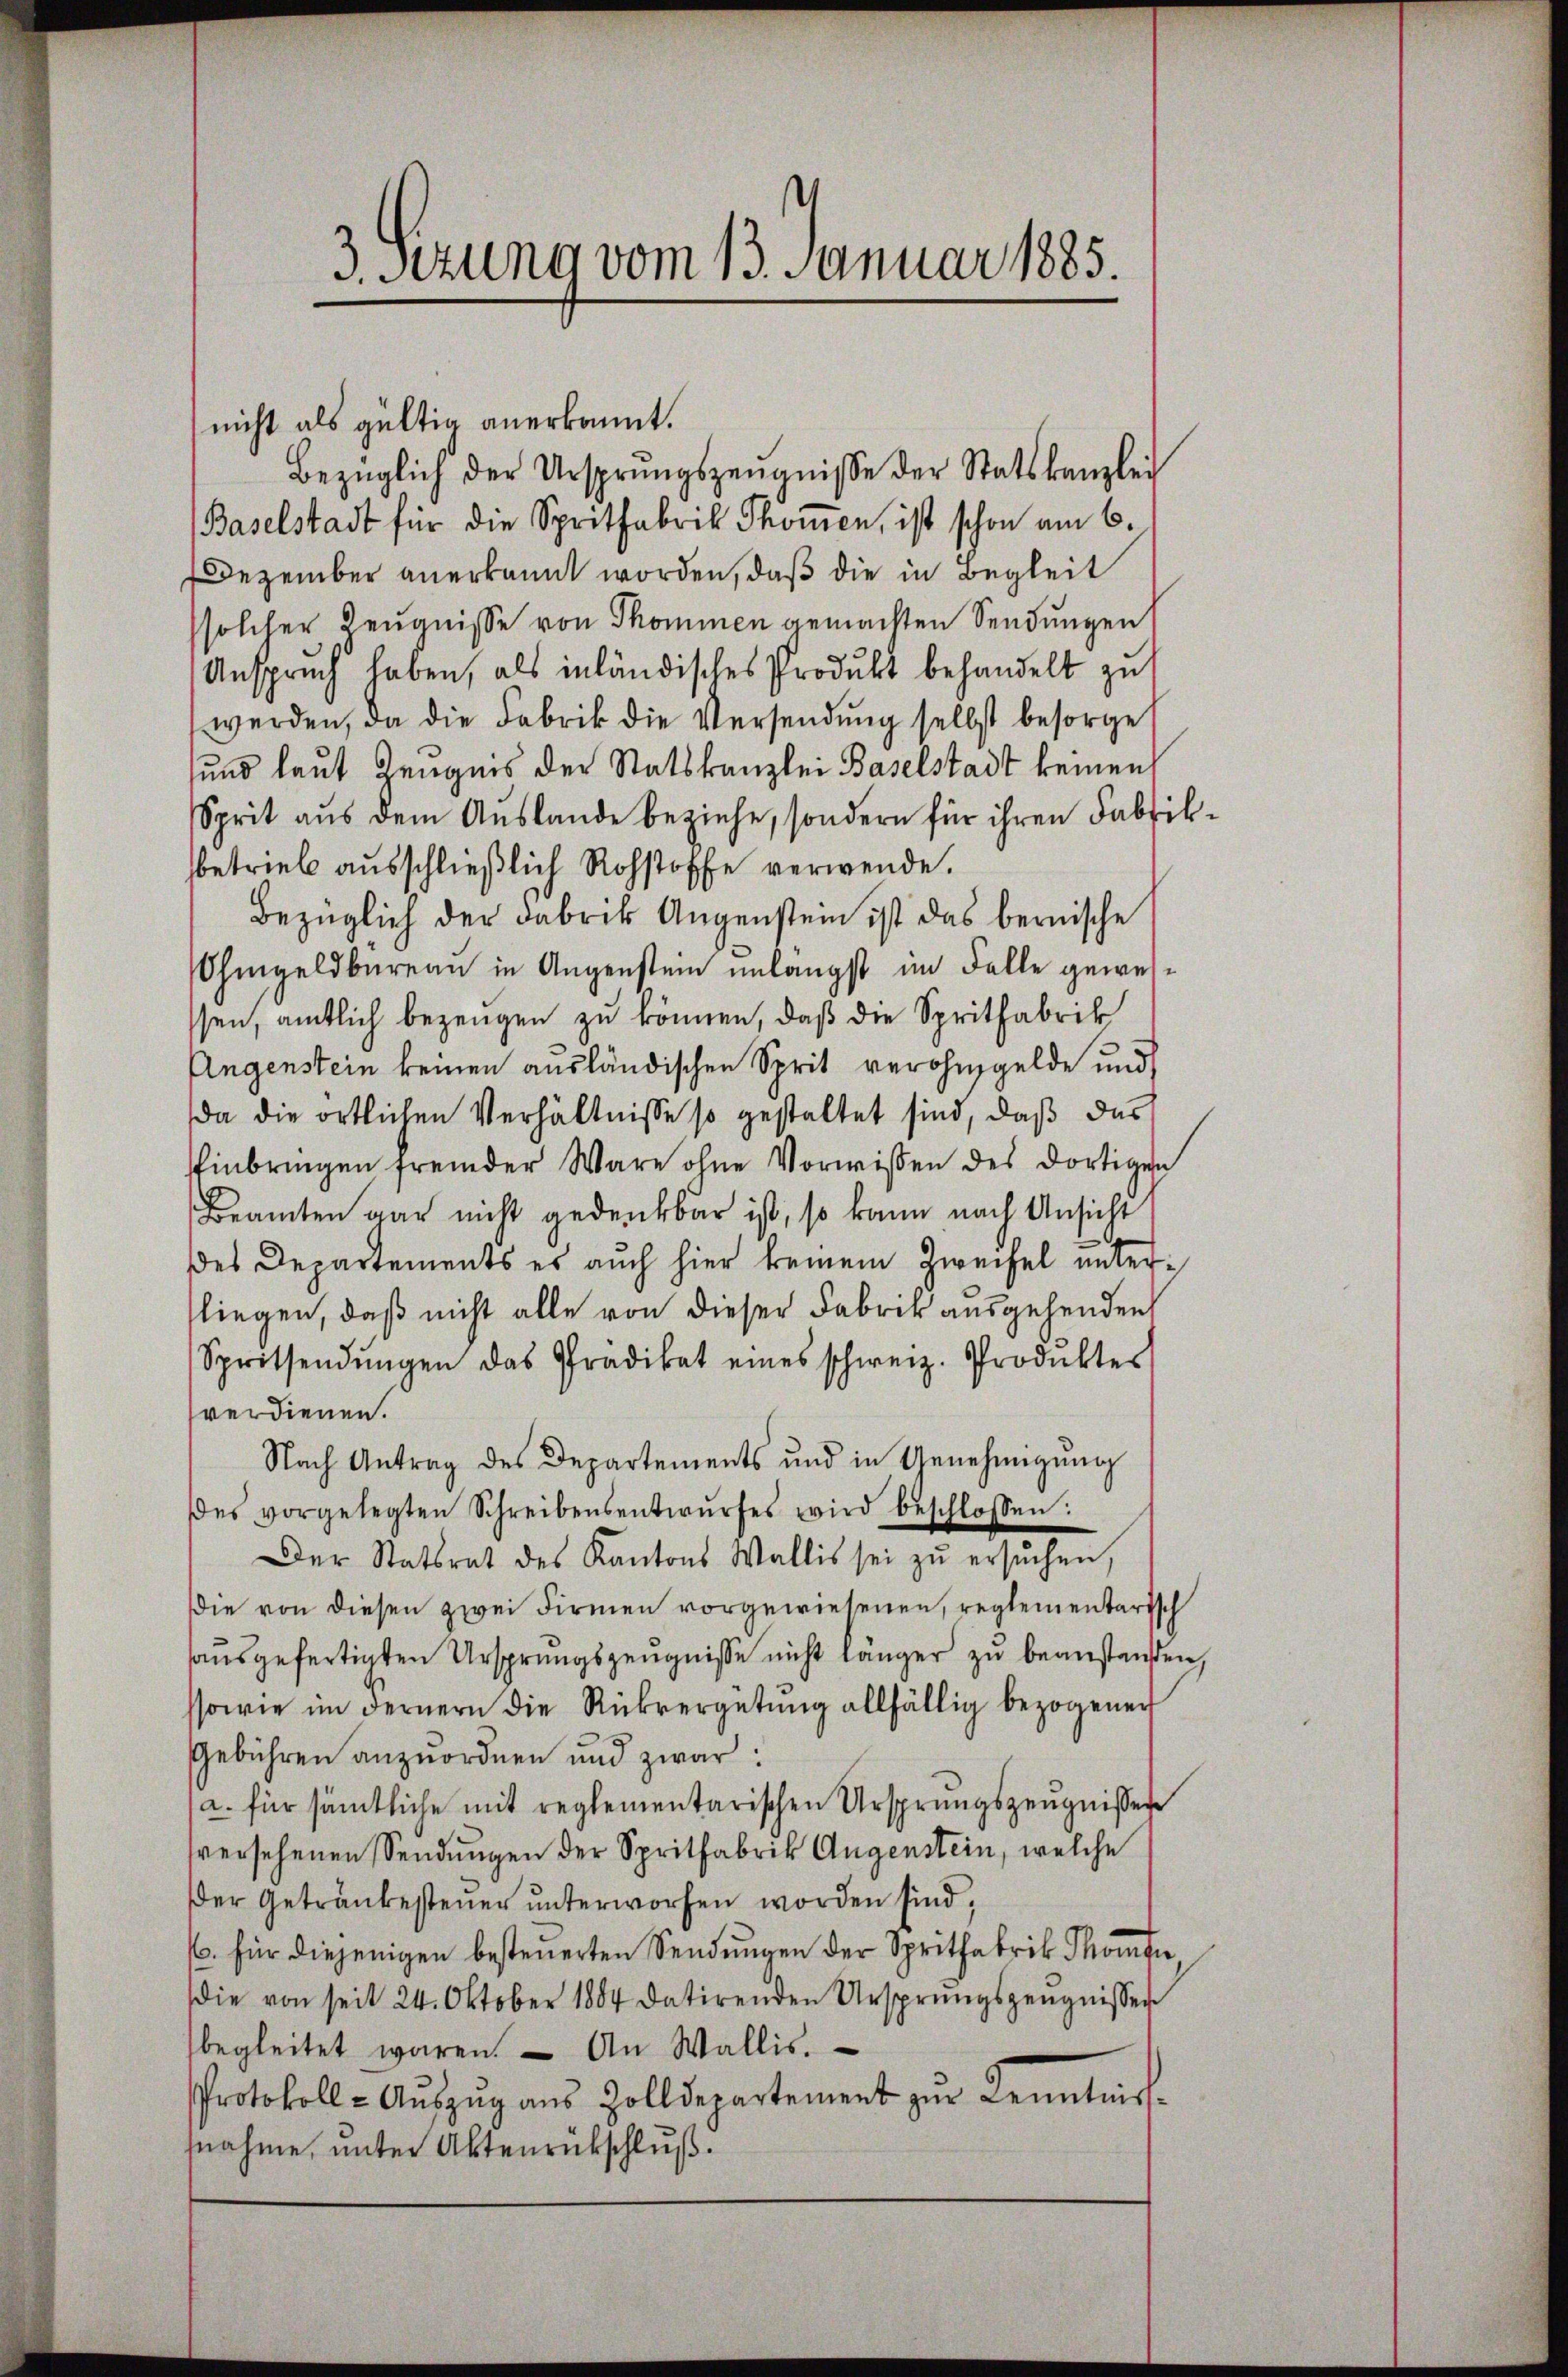
3. sezung vom 13. Januar 1885.

nicht als gültig anerkannt.
Bezüglich der Ursprungszeŭgnisse der Statskanzlei
(Baselstadt für die Spritfabrik Thoṁen, ist schon am 6.
Dezember anerkannt worden, daß die in Begleit
solcher Zeugnisse von Thommen gemachten Sendungen
Anspruch haben, als inländisches Produkt behandelt zu
werden, da die Fabrik die Versendung selbst besorget
und laut Zeugnis der Statskanzlei Baselstadt keinen
Sprit aus dem Auslande beziehe, sondern für ihren Fabrikbetrieb ausschließlich Rohstoffe verwende.
Bezüglich der Fabrik Augenstein ist das bernische
Ohmgeldbureau in Augenstein unlängst im Falle geweissen, amtlich bezeugen zu können, daß die Spritfabrik
Augenstein keinen ausländischen Sprit verohngelde und
da die örtlichen Verhältnisse so gestaltet sind, daß das
sinbringen fremder Wäre ohne Vorwissen des dortigen
Beamten gar nicht gedenkbar ist, so kann nach Ansicht
des Departements es auch hier keinem Zweifel unterfliegen, daß nicht alle von dieser Fabrik ausgehenden
Spritsendŭngen das Prädikat eines schweiz. Produktes
verdienen.
Nach Antrag des Departements und in Genehmigung
des vorgelegten Schreibensentwŭrfes wird beschlossen:
Der Statsrat des Kantons Wallis sei zŭ ersŭchen,
Die von diesen zwei Firmen vorgewiesenen, reglementarisch
aŭsgefertigten Ursprungszeugnisse nicht länger zu beanstanden,
ssowie im Fernern die Rückvergütŭng allfällig bezogener
Gebühren anzuordnen und zwar:
(a. für sämtliche mit reglementarischen Ursprungszeugnissen
sversehenen Sendungen der Spritfabrik Augenstein, welche
er Getraubesteŭer ŭnterworfen worden sind,
/6. für diejenigen besteŭerten Sendungen der Spritfabrik Thomin
die von seit 24. Oktober 1884 datirenden Ursprungszeŭgnissen
begleitet waren. An Wallis.
Protokoll- Aŭfzŭg aŭs Zolldepartement zŭr Kenntniss
fnahme, unter Aktenrückschluß.